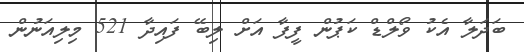
ބަދަލާ އެކު ވޯލްޑް ކަޕުން ފީފާ އަށް ލިބޭ ފައިދާ 521 މިލިއަނުން